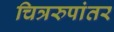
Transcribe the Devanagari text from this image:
चित्ररुपांतर